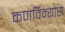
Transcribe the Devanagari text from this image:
कणविन्यास